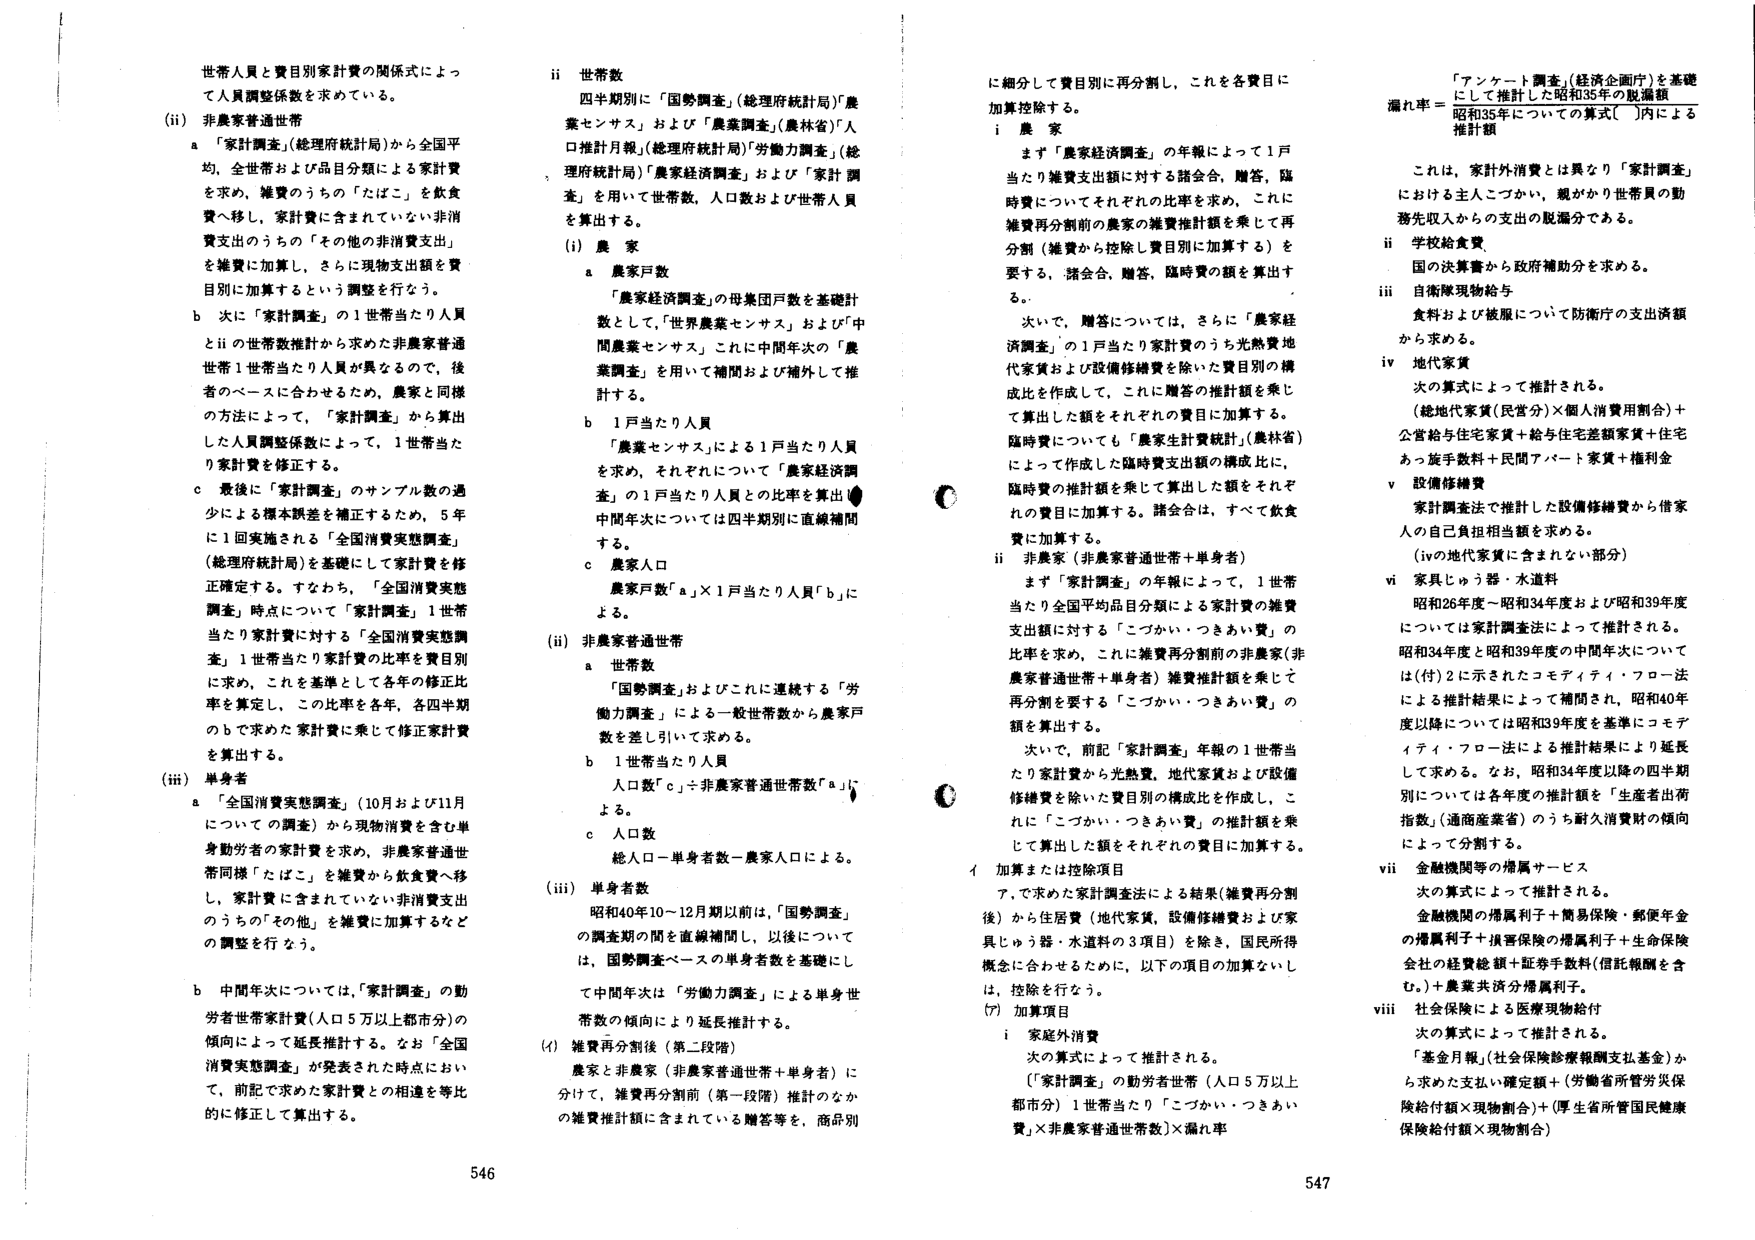
世帯人員と費目別家計費の関係式によって人員調整係数を求めている。

(ii) 非農家普通世帯
a 「家計調査」（総理府統計局）から全国平均、全世帯および品目分類による家計費を求め、雑費のうちの「たばこ」を飲食費へ移し、家計費に含まれていない非消費支出のうちの「その他の非消費支出」を雑費に加算し、さらに現物支出額を費目別に加算するという調整を行なう。
b 次に「家計調査」の1世帯当たり人員とiiの世帯数推計から求めた非農家普通世帯1世帯当たり人員が異なるので、後者のベースに合わせるため、農家と同様の方法によって、「家計調査」から算出した人員調整係数によって、1世帯当たり家計費を修正する。
c 最後に「家計調査」のサンプル数の過少による標本誤差を補正するため、5年に1回実施される「全国消費実態調査」（総理府統計局）を基礎にして家計費を修正確定する。すなわち、「全国消費実態調査」時点について「家計調査」1世帯当たり家計費に対する「全国消費実態調査」1世帯当たり家計費の比率を費目別に求め、これを基準として各年の修正比率を定し、この比率を各年、各四半期のbで求めた家計費に乗じて修正家計費を算出する。

(iii) 単身者
a 「全国消費実態調査」（10月および11月についての調査）から現物消費を含む単身勤労者の家計費を求め、非農家普通世帯同様「たばこ」を雑費から飲食費へ移し、家計費に含まれていない非消費支出のうちの「その他」を雑費に加算するなどの調整を行なう。
b 中間年次については、「家計調査」の勤労者世帯家計費（人口5万以上都市分）の傾向によって延長推計する。なお「全国消費実態調査」が発表された時点において、前記で求めた家計費との相違を等比的に修正して算出する。

ii 世帯数
四半期別に「国勢調査」（総理府統計局）「農業センサス」および「農業調査」（農林省）「人口推計月報」（総理府統計局）「労働力調査」（総理府統計局）「農家経済調査」および「家計調査」を用いて世帯数、人口数および世帯人員を算出する。

(i) 農家
a 農家戸数
「農家経済調査」の母集団戸数を基礎計数として、「世界農業センサス」および「中間農業センサス」これに中間年次の「農業調査」を用いて補間および補外して推計する。
b 1戸当たり人員
「農業センサス」による1戸当たり人員を求め、それぞれについて「農家経済調査」の1戸当たり人員との比率を算出。中間年次については四半期別に直線補間する。
c 農家人口
農家戸数「a」×1戸当たり人員「b」による。

(ii) 非農家普通世帯
a 世帯数
「国勢調査」およびこれに連続する「労働力調査」による一般世帯数から農家戸数を差し引いて求める。
b 1世帯当たり人員
人口数「c」÷非農家普通世帯数「a」による。
c 人口数
総人口－単身者数－農家人口による。

(iii) 単身者数
昭和40年10～12月期以前は、「国勢調査」の調査期の間を直線補間し、以後については、国勢調査ベースの単身者数を基礎にして中間年次は「労働力調査」による単身世帯数の傾向により延長推計する。

(4) 雑費再分割後（第二段階）
農家と非農家（非農家普通世帯＋単身者）に分けて、雑費再分割前（第一段階）推計のなかの雑費推計額に含まれている贈答等を、商品別に細分して費目別に再分割し、これを各費目に加算控除する。

i 農家
まず「農家経済調査」の年報によって1戸当たり雑費支出額に対する諸会合、贈答、臨時費についてそれぞれの比率を求め、これに雑費再分割前の農家の雑費推計額を乗じて再分割（雑費から控除し費目別に加算する）を要する、諸会合、贈答、臨時費の額を算出する。
次いで、贈答については、さらに「農家経済調査」の1戸当たり家計費のうち光熱費地代家賃および設備修繕費を除いた費目別の構成比を作成して、これに贈答の推計額を乗じて算出した額をそれぞれの費目に加算する。
臨時費については、「農業生計費統計」（農林省）によって作成した臨時費支出額の構成比に、臨時費の推計額を乗じて算出した額をそれぞれの費目に加算する。諸会合は、すべて飲食費に加算する。

ii 非農家（非農家普通世帯＋単身者）
まず「家計調査」の年報によって、1世帯当たり全国平均品目分類による家計費支出額に対する「こづかい・つきあい費」の比率を求め、これに雑費再分割前の非農家（非農家普通世帯＋単身者）雑費推計額を乗じて再分割を要する「こづかい・つきあい費」の額を算出する。
次いで、前記「家計調査」年報の1世帯当たり家計費から光熱費、地代家賃および設備修繕費を除いた費目別の構成比を作成し、これに「こづかい・つきあい費」の推計額を乗じて算出した額をそれぞれの費目に加算する。

4 加算または控除項目
ア. で求めた家計費推定による結果（雑費再分割後）から住居費（地代家賃、設備修繕費および家具じゅう器・水道料の3項目）を除き、国民所得概念に合わせるために、以下の項目の加算ないしは、控除を行なう。

(ア) 加算項目
i 家庭外消費
次の算式によって推計される。
「家計調査」の勤労者世帯（人口5万以上都市分）1世帯当たり「こづかい・つきあい費」×非農家普通世帯数）×漏れ率

「アンケート調査（経済企画庁）を基礎にして推計した昭和35年の脱漏額
漏れ率＝ 昭和35年についての算式（ ）内による
推計額

これは、家計外消費とは異なり「家計調査」における主人こづかい、親がかり世帯員の勤務先収入からの支出の脱漏分である。

ii 学校給食費
国の決算書から政府補助分を求める。

iii 自衛隊現物給与
食料および被服について防衛庁の支出諸額から求める。

iv 地代家賃
次の算式によって推計される。
（総地代家賃（民営分）×個人消費用割合）＋
公営給与住宅家賃＋給与住宅差額家賃＋住宅あっ旋手数料＋民間アパート家賃＋権利金

v 設備修繕費
家計調査法で推計した設備修繕費から借家人の自己負担相当額を求める。
（ivの地代家賃に含まれない部分）

vi 家具じゅう器・水道料
昭和26年度～昭和34年度および昭和39年度については家計調査法によって推計される。
昭和34年度と昭和39年度の中間年次については（付）2に示されたコモディティ・フロー法による推計結果を用いて補間され、昭和40年度以降については昭和39年度を基準にコモディティ・フロー法による推計結果により延長して求める。なお、昭和34年度以降の四半期別については各年度の推計額を「生産者出荷指数」（通商産業省）のうち耐久消費財の傾向によって分割する。

vii 金融機関等の帰属サービス
次の算式によって推計される。
金融機関の帰属利子＋簡易保険・郵便年金の帰属利子＋損害保険の帰属利子＋生命保険会社の経費総額＋証券手数料（信託報酬を含む。）＋農業共済分帰属利子。

viii 社会保険による医療現物給付
次の算式によって推計される。
「基金月報」（社会保険診療報酬支払基金）から求めた支払い確定額＋（労働省所管労災保険給付額×現物割合）＋（厚生省所管国民健康保険給付額×現物割合）

546
547